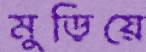
মুড়িয়ে